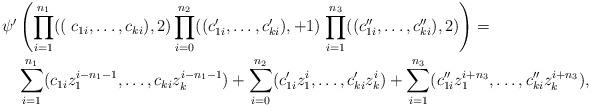
LaTeX: \begin{align*} \psi'&\left(\prod_{i=1}^{n_1}((\right.c_{1i},\ldots,c_{ki}),2)\prod_{i=0}^{n_2}((c_{1i}',\ldots,c_{ki}'),+1)\left.\prod_{i=1}^{n_3}((c_{1i}'',\ldots,c_{ki}''),2)\right) =\\&\sum_{i=1}^{n_1}(c_{1i}z_1^{i-n_1-1},\ldots,c_{ki}z_k^{i-n_1-1})+\sum_{i=0}^{n_2}(c_{1i}'z_{1}^{i},\ldots,c_{ki}'z_{k}^{i})+\sum_{i=1}^{n_3}(c_{1i}''z_1^{i+n_3},\ldots,c_{ki}''z_k^{i+n_3}),\end{align*}